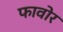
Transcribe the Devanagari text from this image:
फावोर